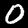
Label: 0